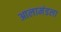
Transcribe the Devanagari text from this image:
आलामंडला